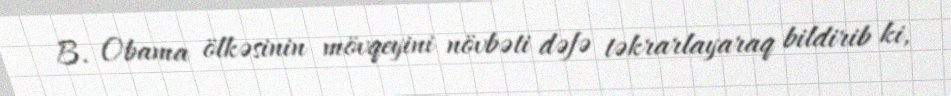
B. Obama ölkəsinin mövqeyini növbəti dəfə təkrarlayaraq bildirib ki,